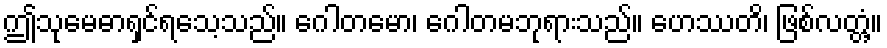
ဤသုမေဓာရှင်ရသေ့သည်။ ဂေါတမော၊ ဂေါတမဘုရားသည်။ ဟေဿတိ၊ ဖြစ်လတ္တံ့။